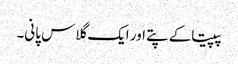
پپیتاکے پتے اور ایک گلاس پانی۔